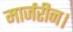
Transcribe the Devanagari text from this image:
मार्जरीन।